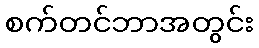
စက်တင်ဘာအတွင်း